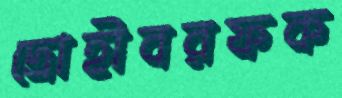
দ্রোহীবরফক